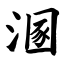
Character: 溷